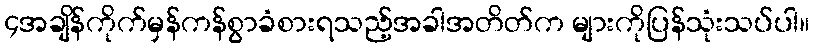
၄အချိန်ကိုက်မှန်ကန်စွာခံစားရသည့်အခါအတိတ်က များကိုပြန်သုံးသပ်ပါ။